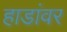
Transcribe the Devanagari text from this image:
हाडांवर